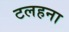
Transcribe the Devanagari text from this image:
टलहना